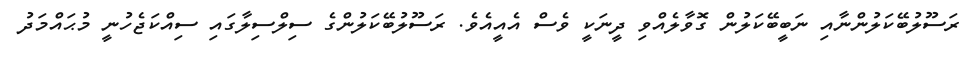
ރަސޫލުބޭކަލުންނާއި ނަބީބޭކަލުން ގޮވާލެއްވި ދީނަކީ ވެސް އެއީއެވެ. ރަސޫލުބޭކަލުންގެ ސިލްސިލާގައި ސިއްކަޖެހުނީ މުޙައްމަދު